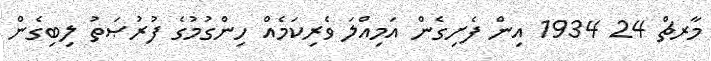
މާރޗް 24 1934 އިން ފެށިގެން އަމިއްލަ ވެރިކަމެއް ހިންގުމުގެ ފުރުޞަތު ލިބިގެން